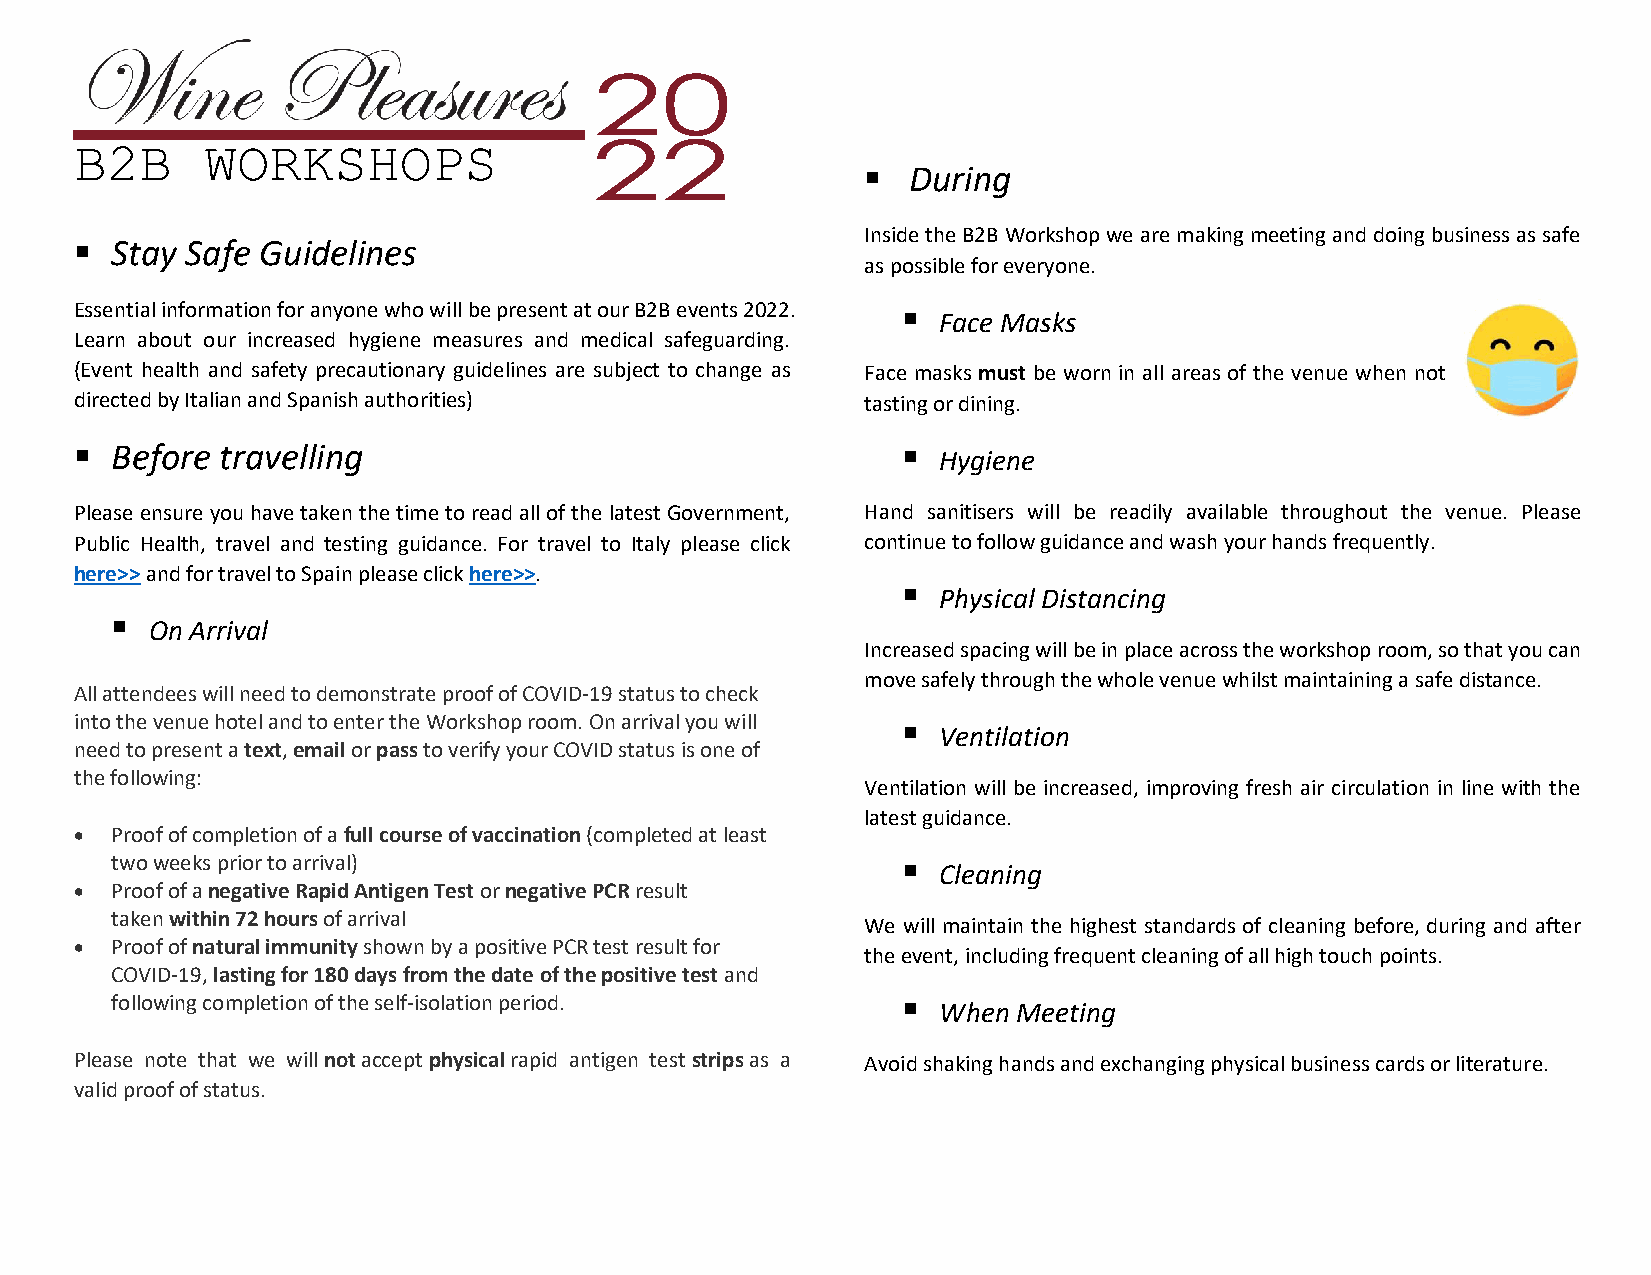
20
 22
 B2B      WORKSHOPS
   During
 Inside the B2B Workshop we are making meeting and doing business as safe
  Stay Safe Guidelines
 as possible for everyone.
 Essential information for anyone who will be present at our B2B events 2022.  Face Masks
 Learn about our increased hygiene measures and medical safeguarding.
 (Event health and safety precautionary guidelines are subject to change as Face masks must be worn in all areas of the venue when not
 directed by Italian and Spanish authorities)        tasting or dining.
  Before  travelling                                    Hygiene
 Please ensure you have taken the time to read all of the latest Government, Hand sanitisers will be readily available throughout the venue. Please
 Public Health, travel and testing guidance. For travel to Italy please click continue to follow guidance and wash your hands frequently.
 here>> and for travel to Spain please click here>>.
  Physical Distancing
   On Arrival
 Increased spacing will be in place across the workshop room, so that you can
 move safely through the whole venue whilst maintaining a safe distance.
 All attendees will need to demonstrate proof of COVID-19 status to check
 into the venue hotel and to enter the Workshop room. On arrival you will  Ventilation
 need to present a text, email or pass to verify your COVID status is one of
 the following:
 Ventilation will be increased, improving fresh air circulation in line with the
 latest guidance.
  Proof of completion of a full course of vaccination (completed at least
 two weeks prior to arrival)                           Cleaning
  Proof of a negative Rapid Antigen Test or negative PCR result
 taken within 72 hours of arrival
 We will maintain the highest standards of cleaning before, during and after
  Proof of natural immunity shown by a positive PCR test result for the event, including frequent cleaning of all high touch points.
 COVID-19, lasting for 180 days from the date of the positive test and
 following completion of the self-isolation period.    When Meeting
 Please note that we will not accept physical rapid antigen test strips as a Avoid shaking hands and exchanging physical business cards or literature.
 valid proof of status.